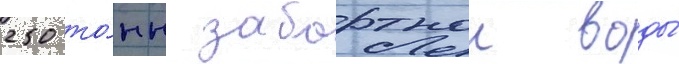
250 то́нн забортнои воды́